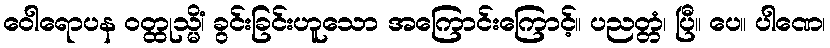
ဝေါရောပန ဝတ္ထုသ္မိံ၊ ခွင်းခြင်းဟူသော အကြောင်းကြောင့်။ ပညတ္တံ၊ ပြီ။ ပေ။ ပါဏေ၊